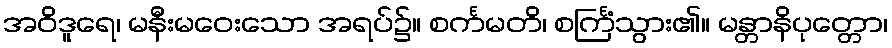
အဝိဒူရေ၊ မနီးမဝေးသော အရပ်၌။ စင်္ကမတိ၊ စင်္ကြံသွား၏။ မန္တာနိပုတ္တော၊